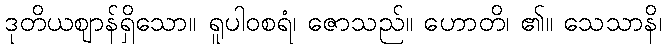
ဒုတိယဈာန်ရှိသော။ ရူပါဝစရံ၊ ဇောသည်။ ဟောတိ၊ ၏။ သေသာနိ၊